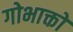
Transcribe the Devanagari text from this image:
गोभाक्तो